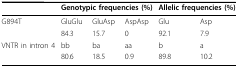
|  | <COLSPAN=3> Genotypic frequencies (%) | <COLSPAN=2> Allelic frequencies (%) |
 | --- | --- | --- | --- | --- | --- |
 | G894T | GluGlu | GluAsp | AspAsp | Glu | Asp |
 |  | 84.3 | 15.7 | 0 | 92.1 | 7.9 |
 | VNTR in intron 4 | bb | ba | aa | b | a |
 |  | 80.6 | 18.5 | 0.9 | 89.8 | 10.2 |